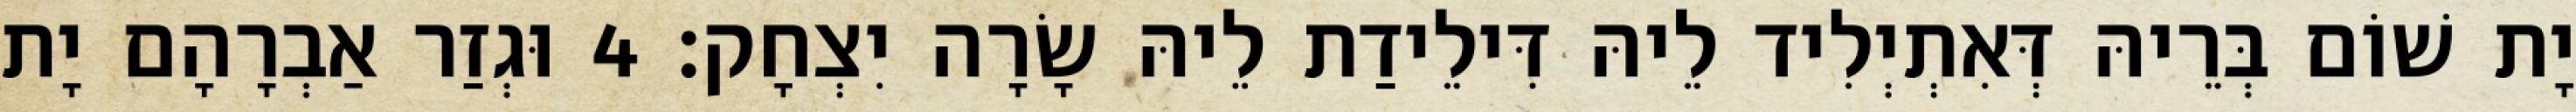
יָת שׁוֹם בְּרֵיהּ דְּאִתְיְלִיד לֵיהּ דִּילֵידַת לֵיהּ שָׂרָה יִצְחָק׃ 4 וּגְזַר אַבְרָהָם יָת